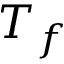
T _ { f }